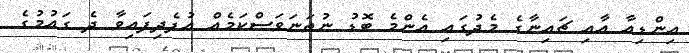
އިންޑިއާ އާއި ޗައިނާގެ މެދުގައި އެންމެ ބޮޑު ނުތަނަވަސްކަމެއް އުފެދިފައިވާ ދެ ގައުމުގެ